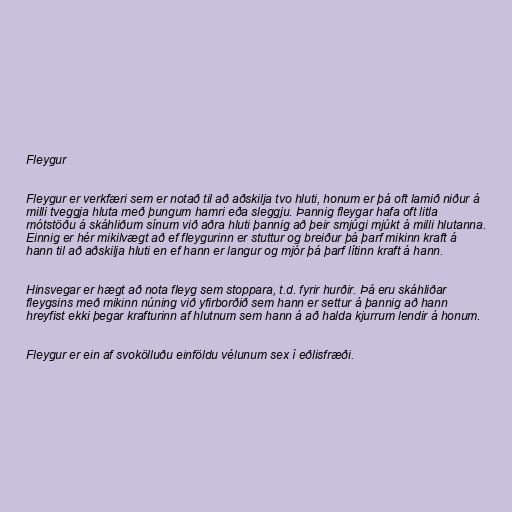
Fleygur

Fleygur er verkfæri sem er notað til að aðskilja tvo hluti, honum er þá oft lamið niður á
milli tveggja hluta með þungum hamri eða sleggju. Þannig fleygar hafa oft litla
mótstöðu á skáhliðum sínum við aðra hluti þannig að þeir smjúgi mjúkt á milli hlutanna.
Einnig er hér mikilvægt að ef fleygurinn er stuttur og breiður þá þarf mikinn kraft á
hann til að aðskilja hluti en ef hann er langur og mjór þá þarf lítinn kraft á hann.

Hinsvegar er hægt að nota fleyg sem stoppara, t.d. fyrir hurðir. Þá eru skáhliðar
fleygsins með mikinn núning við yfirborðið sem hann er settur á þannig að hann
hreyfist ekki þegar krafturinn af hlutnum sem hann á að halda kjurrum lendir á honum.

Fleygur er ein af svokölluðu einföldu vélunum sex í eðlisfræði.